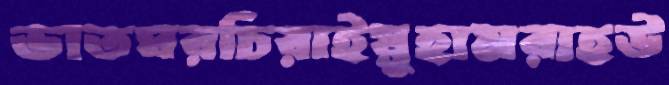
ভাতঘরচিরাইয়ুহামরাহউ